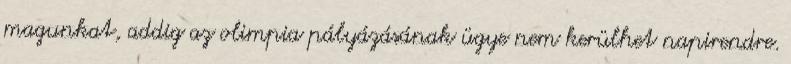
magunkat, addig az olimpia pályázásának ügye nem kerülhet napirendre.